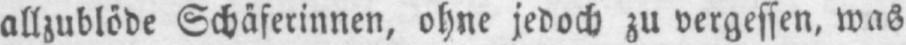
allzublöde Schäferinnen, ohne jedoch zu vergessen, was